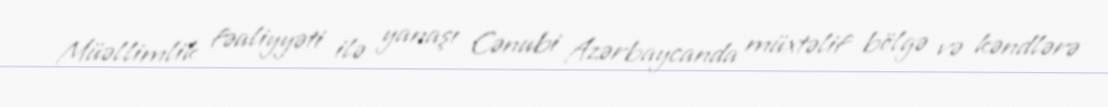
Müəllimlik fəaliyyəti ilə yanaşı Cənubi Azərbaycanda müxtəlif bölgə və kəndlərə